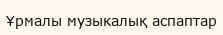
Ұрмалы музыкалық аспаптар